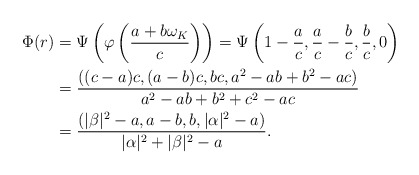
\begin{align*}\Phi(r) &= \Psi\left( \varphi \left( \frac{a + b\omega_K}c\right)\right)=\Psi\left(1 - \frac ac, \frac ac - \frac bc, \frac bc, 0\right) \\&=\frac{((c-a)c, (a-b)c, bc, a^2 - ab + b^2 - ac)}{a^2 - ab + b^2 + c^2 - ac} \\&=\frac{(|\beta|^2 - a, a-b, b, |\alpha|^2 - a)}{|\alpha|^2 + |\beta|^2 - a}.\end{align*}